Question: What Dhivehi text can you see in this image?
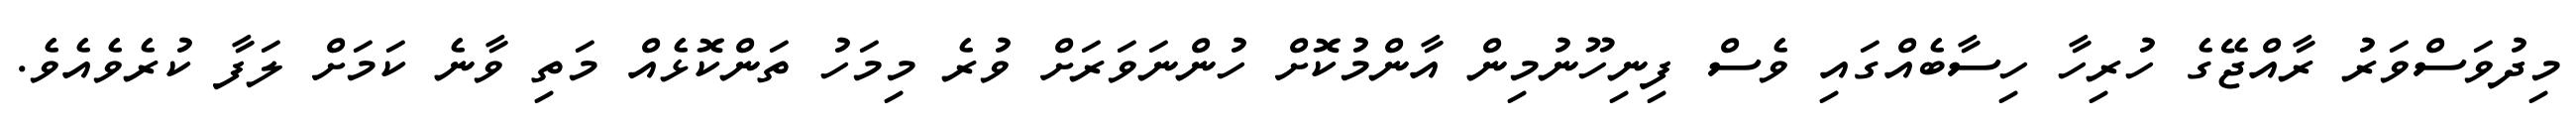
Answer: މިދުވަސްވަރު ރާއްޖޭގެ ހުރިހާ ހިސާބެއްގައި ވެސް ފިނިހޫނުމިން އާންމުކޮށް ހުންނަވަރަށް ވުރެ މިމަހު ތަންކޮޅެއް މަތި ވާނެ ކަމަށް ލަފާ ކުރެވެއެވެ.